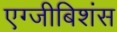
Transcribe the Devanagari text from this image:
एग्जीबिशंस